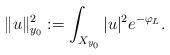
LaTeX: \begin{align*}\Vert u\Vert_{y_0} ^2:= \int_{X_{y_0}} |u|^2e^{-\varphi_L}.\end{align*}